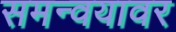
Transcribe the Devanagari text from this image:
समन्वयावर